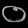
Digit: ၀